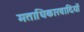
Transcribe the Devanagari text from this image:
मताधिकारवादियों